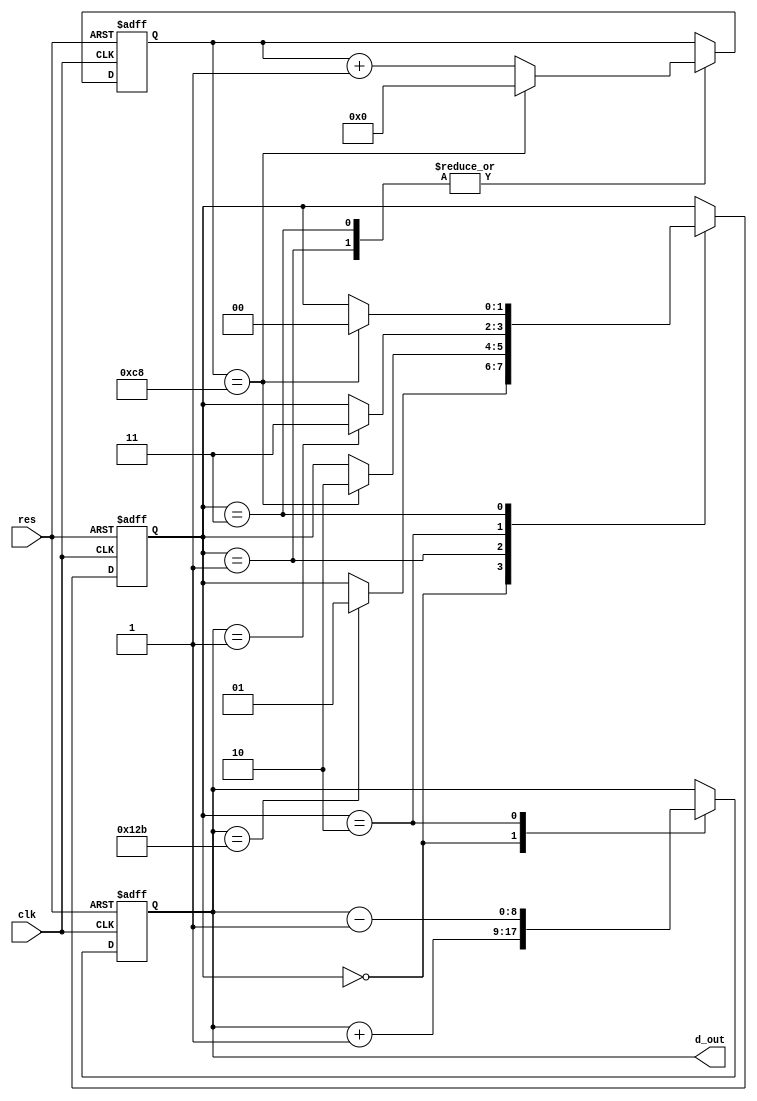
//2022-08-19, Jim
//
`timescale 1ns/10ps
module tri_gen(
				clk,
				res,
				d_out
	);

input			clk;
input			res;
output[8:0]		d_out;

reg[1:0]		state;//
reg[8:0]		d_out;
reg[7:0]		con;

always@(posedge clk or negedge res)
if(~res)begin
	state<=0;d_out<=0;con<=0;
end
else begin
		case(state)
		0://
		begin
			d_out<=d_out+1;
			if(d_out==299)begin
				state<=1;
			end
		end

		1://
		begin
			if(con==200)begin
				state<=2;
				con<=0;
			end
			else begin
				con<=con+1;
			end
		end

		2://
		begin
			d_out<=d_out-1;
			if(d_out==1)begin
				state<=3;
			end
		end

		3://
		begin
			if(con==200)begin
				state<=0;
				con<=0;
			end
			else begin
				con<=con+1;
			end
		end
		endcase
end
endmodule


//------testbench of tri_gen-------
module tri_gen_tb;

reg				clk, res;
wire[8:0]		d_out;

tri_gen U1(
				.clk(clk),
				.res(res),
				.d_out(d_out)
	);

initial begin
					clk<=0;res<=0;
		#17			res<=1;
		#40000		$stop;
end

always   #5			clk<=~clk;

endmodule

//
//